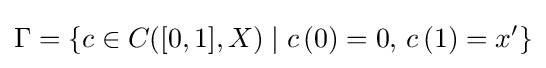
\Gamma =\{c\in C([0,1],X)\mid c\,(0)=0,\,c\,(1)=x'\}